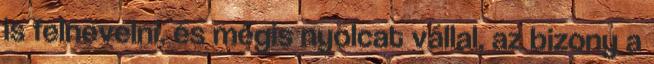
is felnevelni, és mégis nyolcat vállal, az bizony a